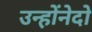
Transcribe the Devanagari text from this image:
उन्होंनेदो